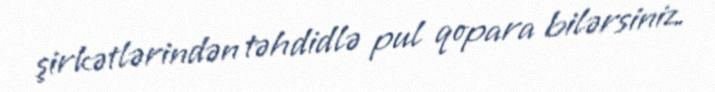
şirkətlərindən təhdidlə pul qopara bilərsiniz.